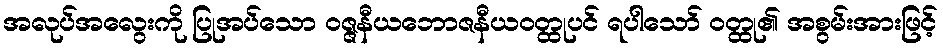
အလုပ်အလွေးကို ပြုအပ်သော ဝဇ္ဇနီယဘောဇနီယဝတ္ထုပင် ရပါသော် ဝတ္ထု၏ အစွမ်းအားဖြင့်